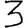
Digit: 3